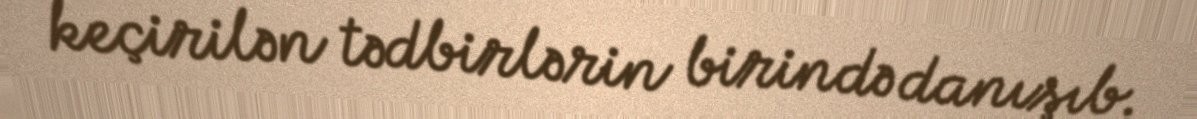
keçirilən tədbirlərin birində danışıb.